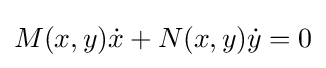
M(x,y){\dot {x}}+N(x,y){\dot {y}}=0